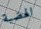
الهضبة